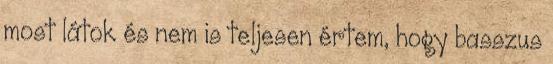
most látok és nem is teljesen értem, hogy basszus